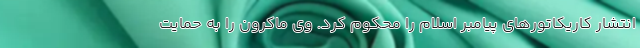
انتشار کاریکاتورهای پیامبر اسلام را محکوم کرد. وی ماکرون را به حمایت